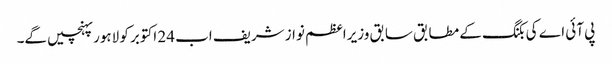
پی آئی اے کی بکنگ کے مطابق سابق وزیراعظم نواز شریف اب 24 اکتوبر کو لاہور پہنچیں گے۔